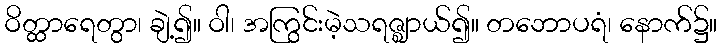
ဝိတ္ထာရေတွာ၊ ချဲ့၍။ ဝါ၊ အကြွင်းမဲ့သရဇ္ဈာယ်၍။ တဘောပရံ၊ နောက်၌။